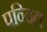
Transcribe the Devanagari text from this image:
पन्दित